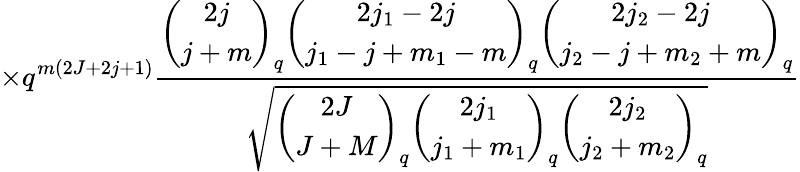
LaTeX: \times q^{m(2J+2j+1)}\frac{\left(\begin{array}{c}{{2j}}\\ {{j+m}}\end{array}\right)_{q}\left(\begin{array}{c}{{2j_{1}-2j}}\\ {{j_{1}-j+m_{1}-m}}\end{array}\right)_{q}\left(\begin{array}{c}{{2j_{2}-2j}}\\ {{j_{2}-j+m_{2}+m}}\end{array}\right)_{q}}{\sqrt{\left(\begin{array}{c}{{2J}}\\ {{J+M}}\end{array}\right)_{q}\left(\begin{array}{c}{{2j_{1}}}\\ {{j_{1}+m_{1}}}\end{array}\right)_{q}\left(\begin{array}{c}{{2j_{2}}}\\ {{j_{2}+m_{2}}}\end{array}\right)_{q}}}